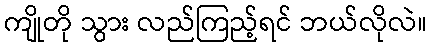
ကျိုတို သွား လည်ကြည့်ရင် ဘယ်လိုလဲ။